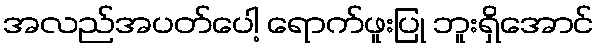
အလည်အပတ်ပေါ့ ရောက်ဖူးပြု ဘူးရှိအောင်